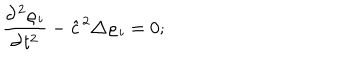
LaTeX: \frac { \partial ^ { 2 } \varrho _ { i } } { \partial t ^ { 2 } } - { \hat { c } } ^ { 2 } \triangle \varrho _ { i } = 0 ;